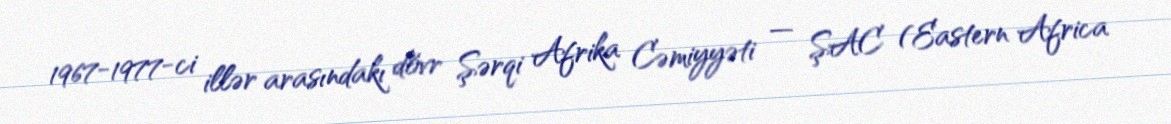
1967-1977-ci illər arasındakı dövr Şərqi Afrika Cəmiyyəti — ŞAC (Eastern Africa